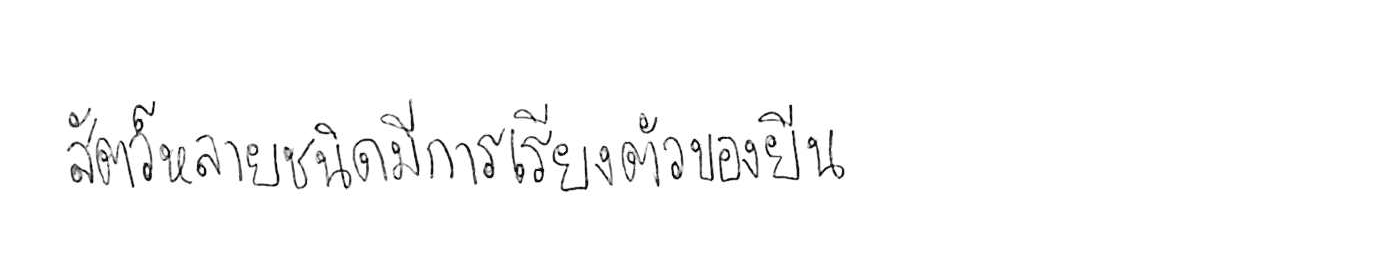
สัตว์หลายชนิดมีการเรียงตัวของยีน